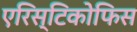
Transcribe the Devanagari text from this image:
एरिस्टिकोफिस